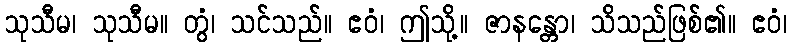
သုသီမ၊ သုသီမ။ တွံ၊ သင်သည်။ ဧဝံ၊ ဤသို့။ ဇာနန္တော၊ သိသည်ဖြစ်၏။ ဧဝံ၊